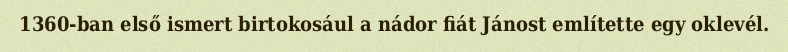
1360-ban első ismert birtokosául a nádor fiát Jánost említette egy oklevél.